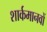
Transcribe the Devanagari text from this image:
शार्कमानवों